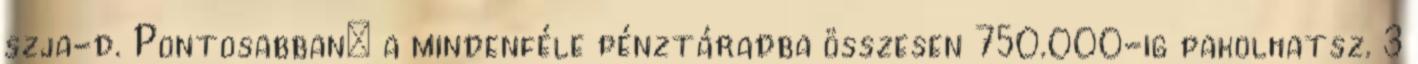
szja-d. Pontosabban: a mindenféle pénztáradba összesen 750.000-ig pakolhatsz. 3